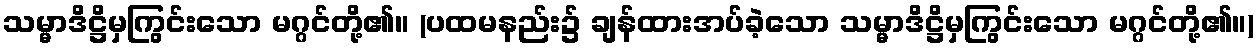
သမ္မာဒိဋ္ဌိမှကြွင်းသော မဂ္ဂင်တို့၏။ (ပထမနည်း၌ ချန်ထားအပ်ခဲ့သော သမ္မာဒိဋ္ဌိမှကြွင်းသော မဂ္ဂင်တို့၏။)